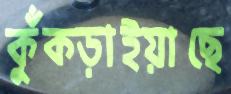
কুঁকড়াইয়াছে